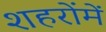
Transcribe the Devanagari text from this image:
शहरोंमें